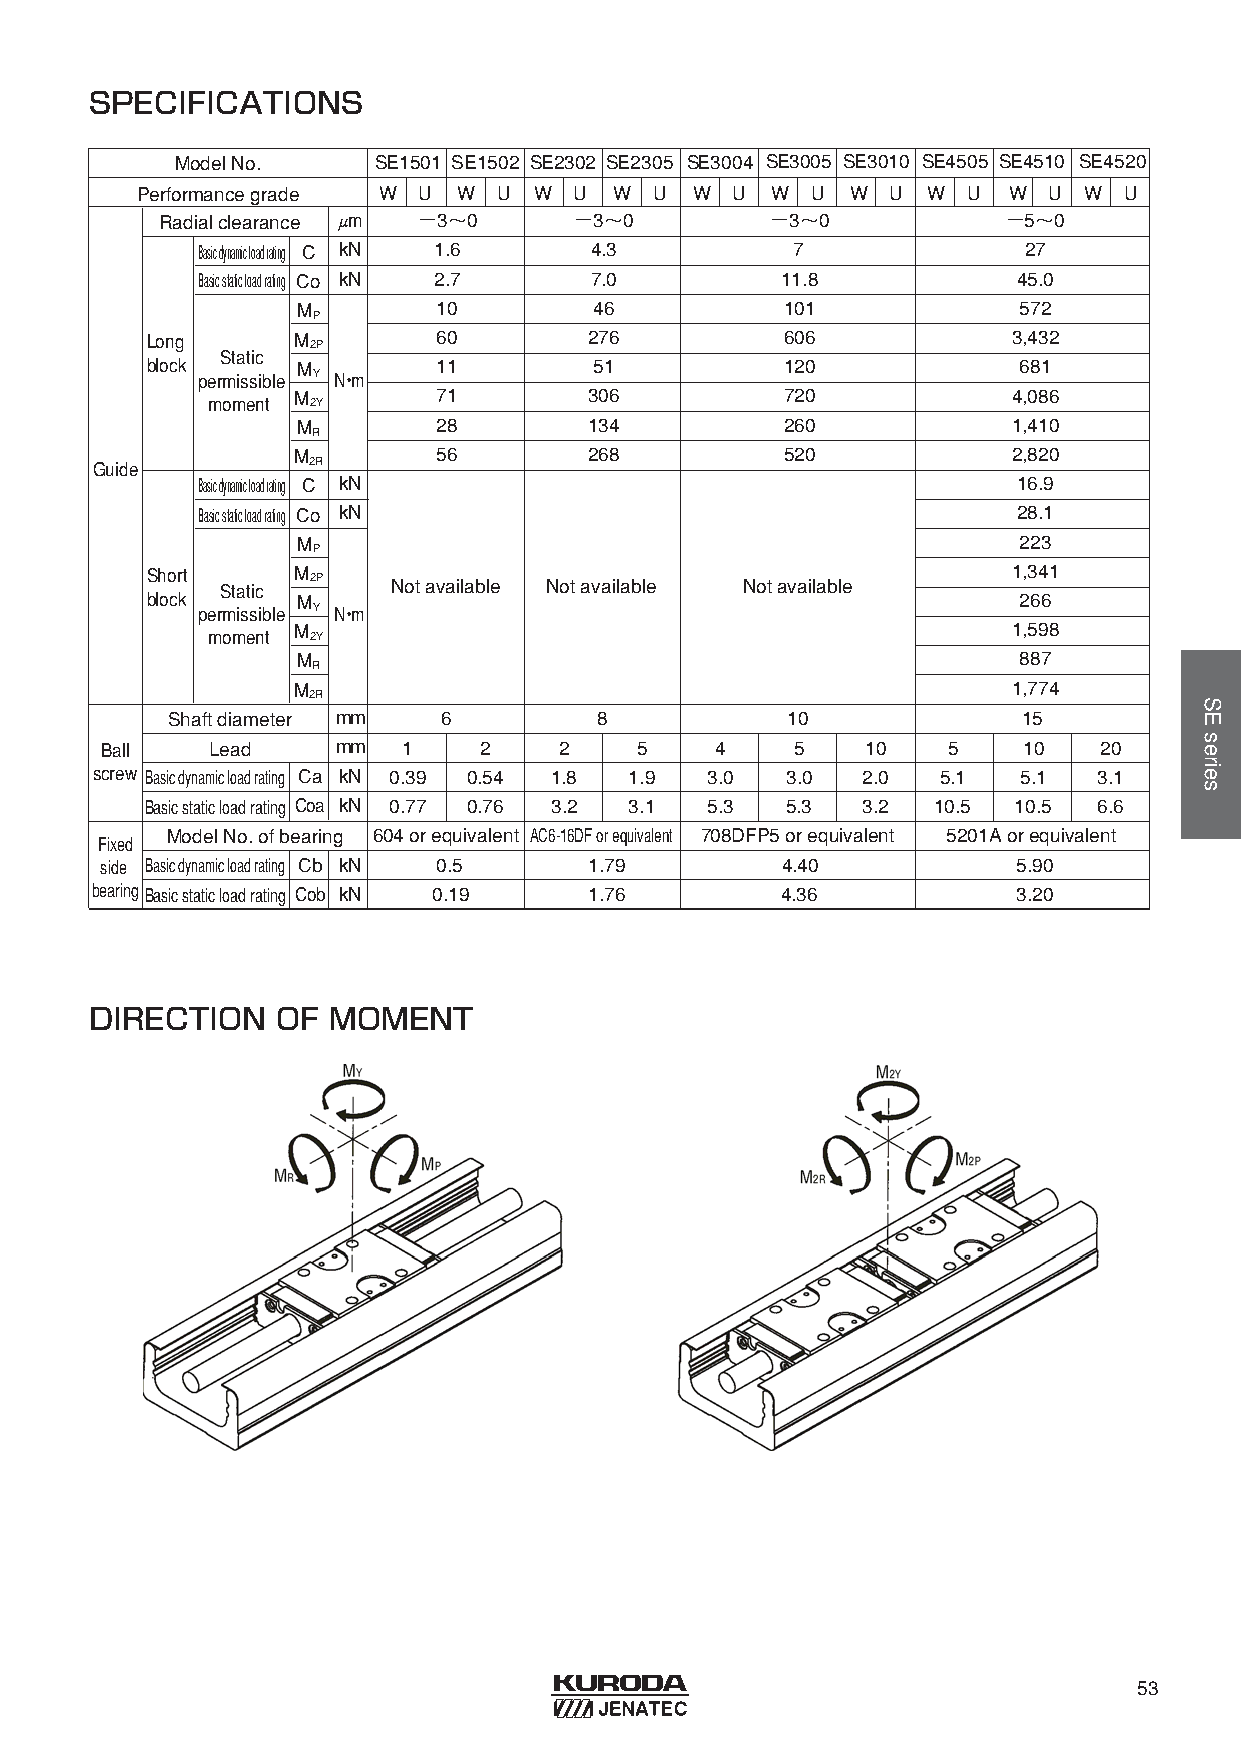
SPECIFICATIONS
 Model No.    SE1501 SE1502 SE2302 SE2305 SE3004 SE3005 SE3010 SE4505 SE4510 SE4520
 Performance grade W U W U W  U  W U  W  U W  U W  U W  U  W U  W U
 Radial clearance μm −3〜0   −3〜0         −3〜0            −5〜0
 Basic dynamic load rating C kN 1.6 4.3 7               27
 Basic static load rating Co kN 2.7 7.0 11.8           45.0
 M        10        46           101            572
 P
 Long     M 2P      60        276          606            3,432
 Static
 block     M        11        51           120            681
 permissible Y N・m
 M         71        306          720            4,086
 moment 2Y
 M        28        134          260            1,410
 R
 M         56        268          520            2,820
 Guide         2R
 Basic dynamic load rating C kN                        16.9
 Basic static load rating Co kN                        28.1
 M                                              223
 P
 Short Static M 2P Not available Not available Not available 1,341
 block     M                                              266
 permissible Y N・m
 moment M 2Y                                          1,598
 M                                              887
 R
 M                                               1,774
 2R
 Shaft diameter mm 6          8           10              15
 Ball   Lead    mm   1    2    2    5    4     5   10    5    10   20
 screw Basic dynamic load rating Ca kN 0.39 0.54 1.8 1.9 3.0 3.0 2.0 5.1 5.1 3.1
 Basic static load rating Coa kN 0.77 0.76 3.2 3.1 5.3 5.3 3.2 10.5 10.5 6.6
 Model No. of bearing 604 or equivalent AC6-16DF or equivalent 708DFP5 or equivalent 5201A or equivalent
 Fixed
 side Basic dynamic load rating Cb kN 0.5 1.79 4.40          5.90
 bearingBasic static load rating Cob kN 0.19 1.76 4.36        3.20
 DIRECTION   OF  MOMENT
 53
 SEseries